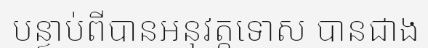
បន្ទាប់ពីបានអនុវត្តទោស បានជាង